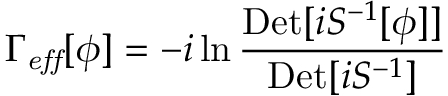
\Gamma _ { \mathit { e f f } } [ \phi ] = - i \ln { \frac { { \mathrm { D e t } } [ i { S } ^ { - 1 } [ \phi ] ] } { { \mathrm { D e t } } [ i S ^ { - 1 } ] } }